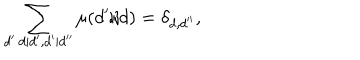
LaTeX: \sum _ { d ^ { \prime } : d | d ^ { \prime } , d ^ { \prime } | d ^ { \prime \prime } } \mu ( d ^ { \prime } / d ) = \delta _ { d , d ^ { \prime \prime } } ,